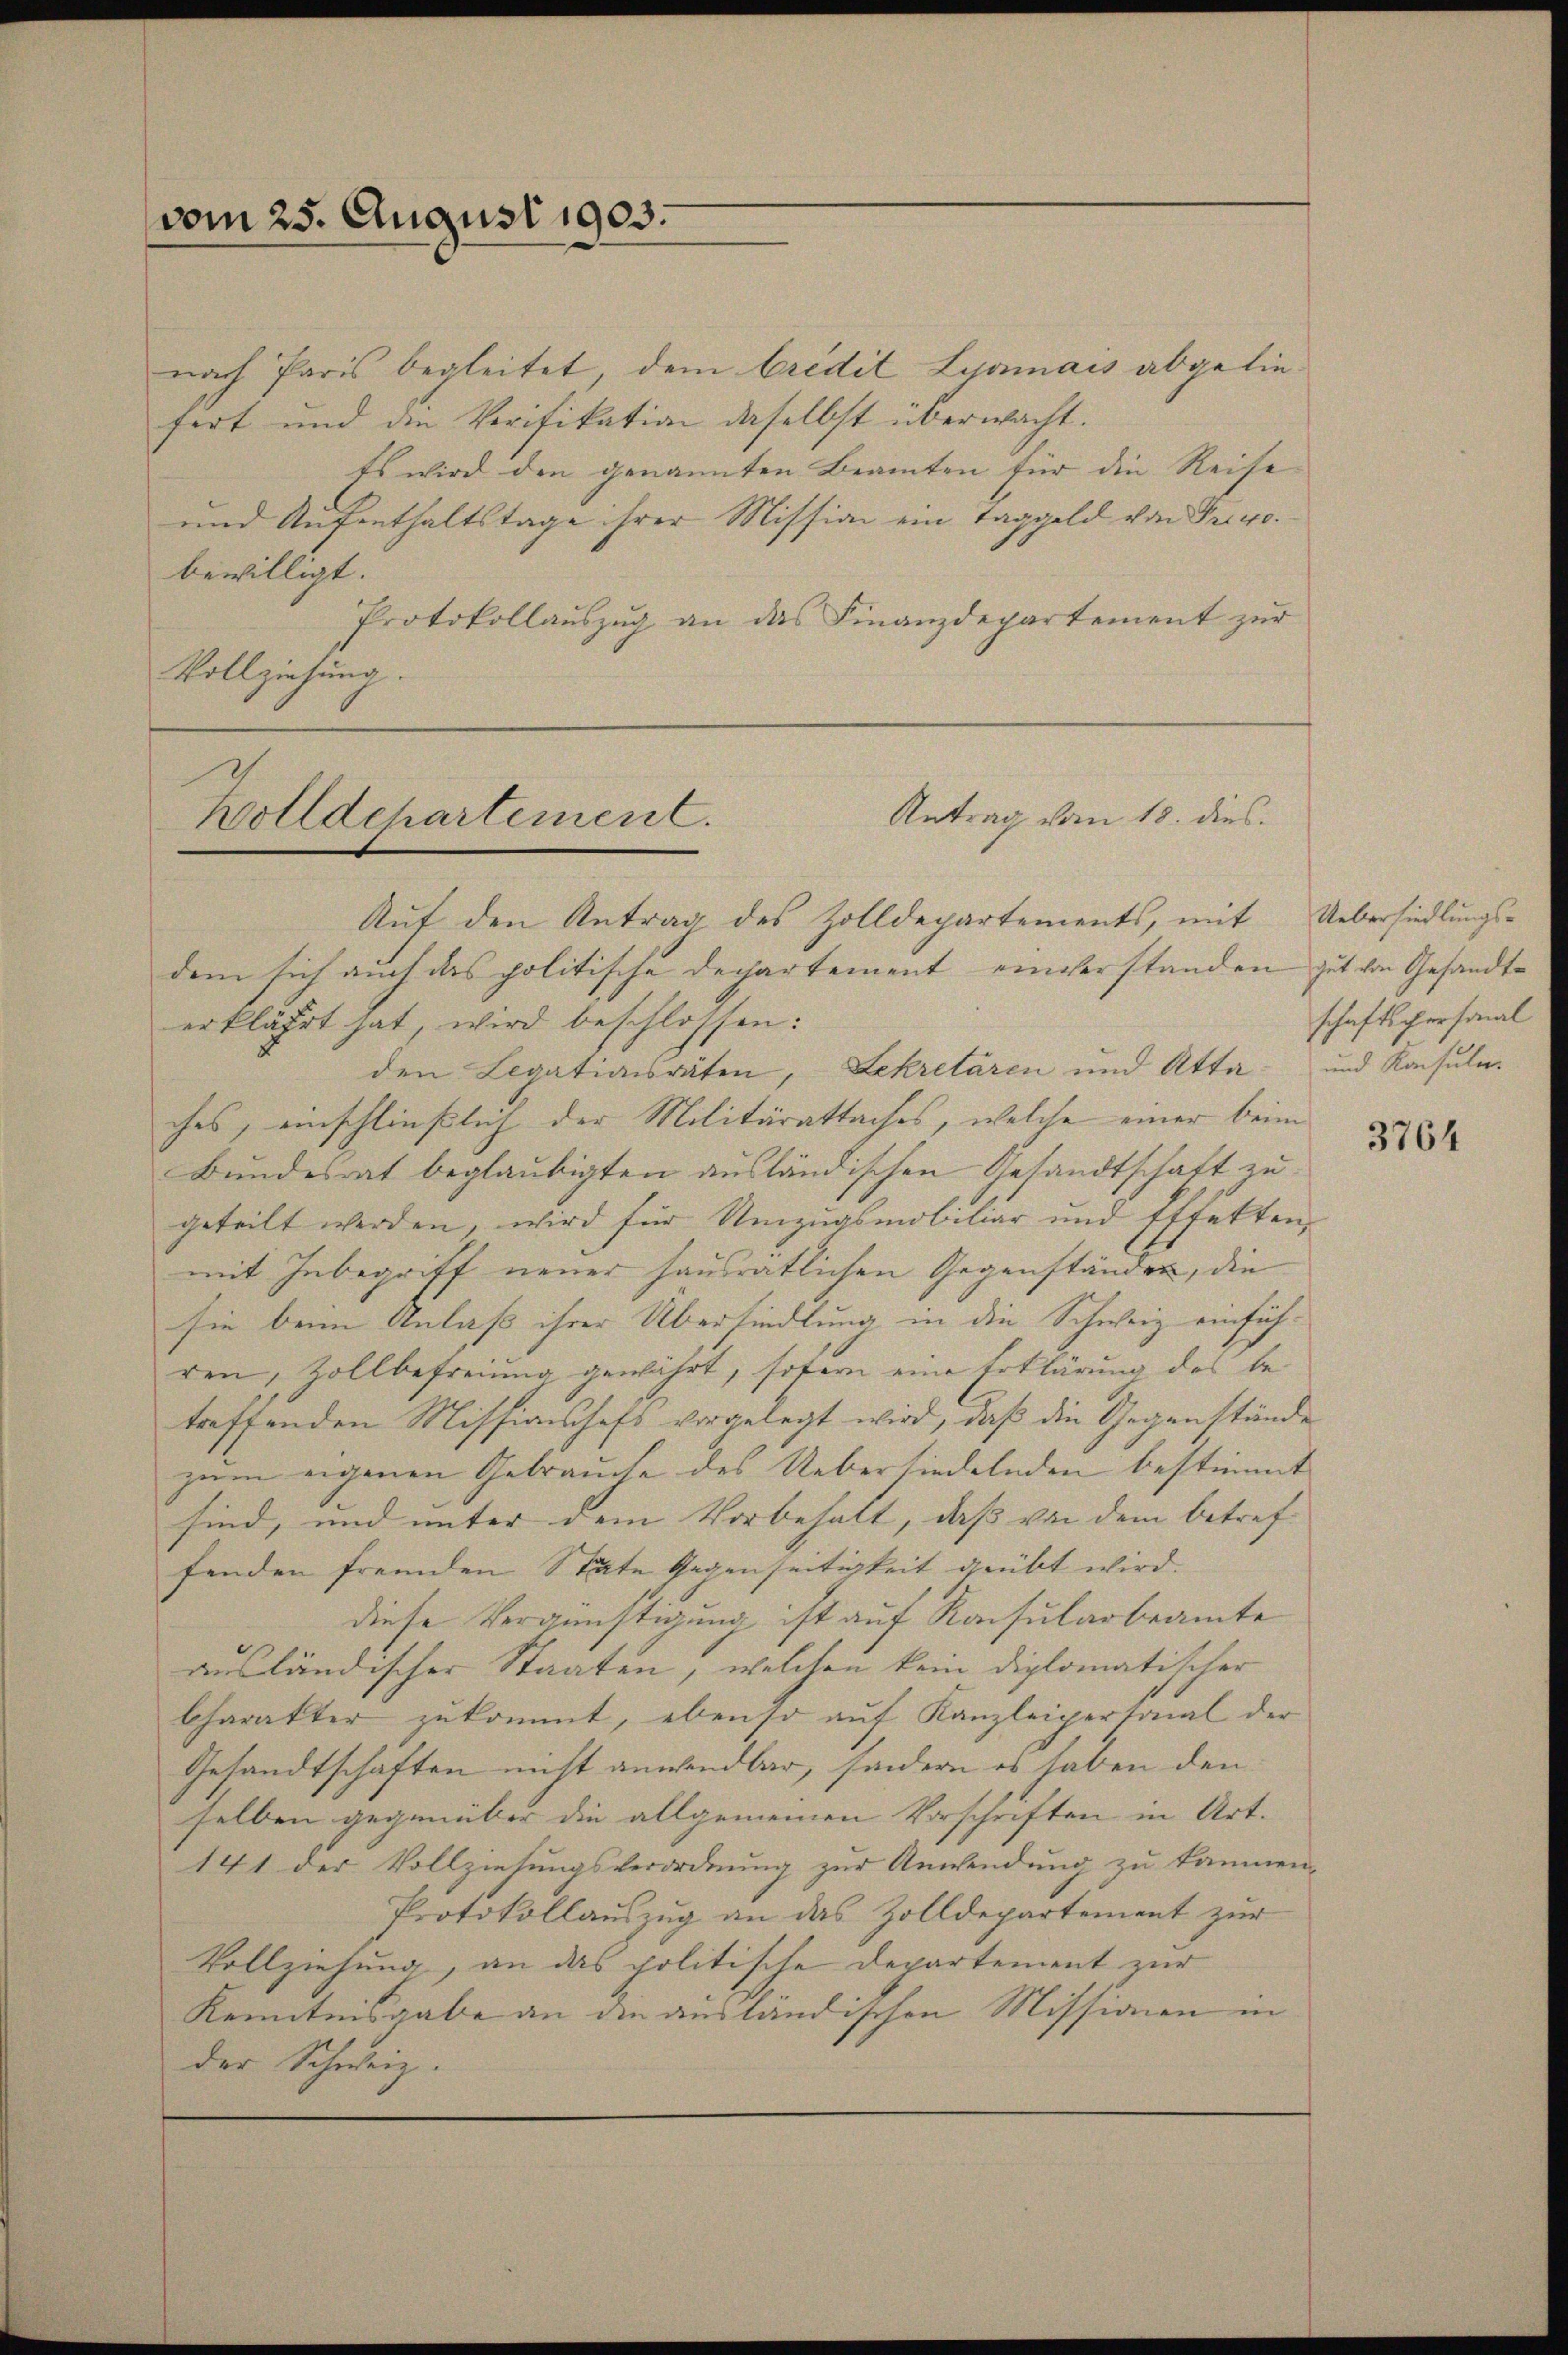
vom 25. August 1903.

nach Paris begleitet, dem Credit Lyonnais abgeliefert und die Verifikation daselbst überwacht.
Es wird den genannten Beamten für die Reise
und Aufenthaltstage ihrer Mission ein Taggeld von Prevo
bewilligt.
Protokollauszug an das Finanzdepartement zur
Vollziehung.

Wolldchartement.

Antrag vom 18. dies

Auf den Antrag des Zolldepartements, mit
dem sich auch das politische Dechartement einverstanden gut von Gesandterklährt hat, wird beschlossen:
den Legationsräten, Sekretären und Attaches, einschließlich der Militärattaches, welche einer beim
Bundesrat beglaubigten ausländischen Gesandtschaft zu
geteilt werden, wird für Umzugsmobiliar und Effekten,
mit Inbegriff neuer hausratlichen Gegenständen, die
sie beim Anlass ihrer Übersiedlung in die Schweiz einfüh-
ren, Zollbefreiung gewährt, sofern eine Erklärung des be-
treffenden Missionshofs vorgelegt wird, daß die Gegenstände
zum eigenen Gebrauche des Uebersiedelnden bestimmt
sind, und unter dem Vorbehalt, das von dem betref-
fenden fremden Stäte Gegenseitigkeit geübt wird.
diese Vergünstigung ist auf Konsularbeamte
ausländischer Staaten, welchen kein diplomatischer
Charakter zukommt, ebenso auf Kanzleipertonal der
Gesandtschaften nicht anwendbar, sondern es haben den
selben gegenüber die allgemeinen Vorschriften in Art.
141 der Vollziehungsverordnung zur Anwendung zu kommen,
Protokollauszug an das Zolldepartement zur
Vollziehung, an das politische Departement zur
Kenntnisgabe an die ausländischen Missionen in
der Schweiz.

Uebersiedlungsschaftspersonal
und Konsuler.

3764